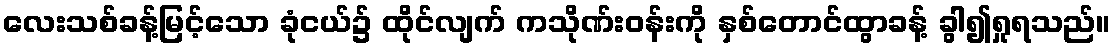
လေးသစ်ခန့်မြင့်သော ခုံငယ်၌ ထိုင်လျက် ကသိုဏ်းဝန်းကို နှစ်တောင်ထွာခန့် ခွါ၍ရှုရသည်။